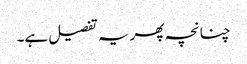
چنانچہ پھر یہ تفصیل ہے۔